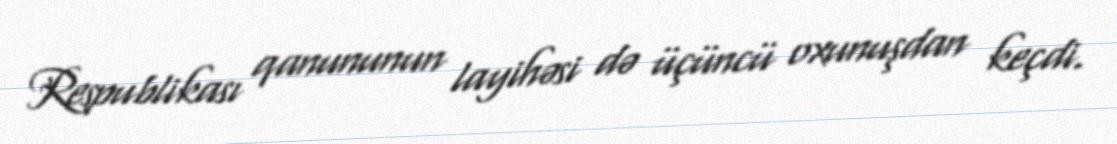
Respublikası qanununun layihəsi də üçüncü oxunuşdan keçdi.